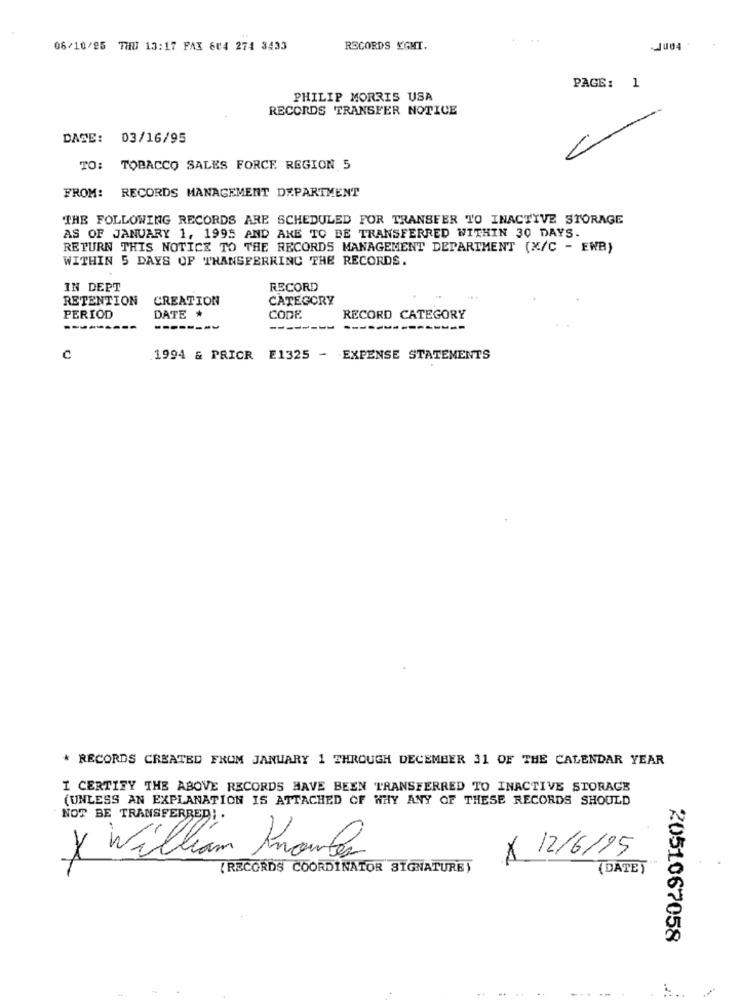
06/10/85 THU 13:17 FAX 604 274 3433
RECORDS YGMT.
~JU04
PAGE: 1
PHILIP MORRIS USA
RECORDS TRANSFER NOTICE
DATE: 03/16/95
TO: TOBACCO SALES FORCE REGION 5
FROM: RECORDS MANAGEMENT DEPARTMENT
THE FOLLOWING RECORDS ARE SCHEDULED FOR TRANSFER TO INACTIVE STORAGE
AS OF JANUARY 1, 1995 AND AKE TO BE TRANSFERRED WITHIN 30 DAYS.
RETURN THIS NOTICE TO THE RECORDS MANAGEMENT DEPARTMENT (X/C - EWB)
WITHIN 5 DAYS OF THANSFERRING THE RECORDS.
IN DEPT
RECORD
RETENTION
CREATION
CATEGORY
PERIOD
DATE *
CODE.
RECORD CATEGORY
----
-
c
1994 & PRIOR E1325 -
-EXPENSE STATEMENTS
* RECORDS CREATED FROM JANUARY 1 THROUGH DECEMBER 31 OF THE CALENDAR YEAR
I CERTIFY THE ABOVE RECORDS HAVE BEEN TRANSFERRED TO INACTIVE STORAGE
(UNLESS AN EXPLANATION IS ATTACHED OF WHY ANY OF THESE RECORDS SHOULD
NOT BE TRANSFERRED; .
X William Moules
× 12/6/95
{RECORDS COORDINATOR SIGNATURE)
(DATE)
2051067058